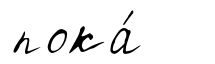
пока́